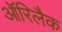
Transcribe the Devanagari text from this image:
ऑरिलैक